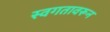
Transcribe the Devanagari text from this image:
स्वगतावरून